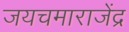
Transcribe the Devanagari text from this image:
जयचमाराजेंद्र